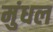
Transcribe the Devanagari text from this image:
मुंधल